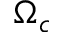
\Omega _ { c }